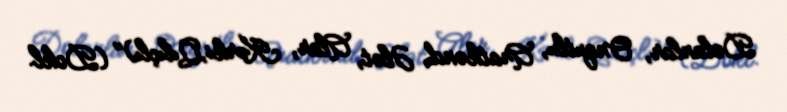
Dolanlar, Onqutlu, Aratkənd, Ələt, Alar, Kərki,Qılıçlı)" (Dokl.